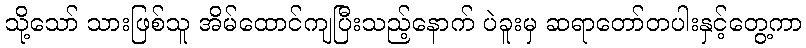
သို့သော် သားဖြစ်သူ အိမ်ထောင်ကျပြီးသည့်နောက် ပဲခူးမှ ဆရာတော်တပါးနှင့်တွေ့ကာ